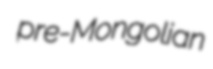
pre-Mongolian